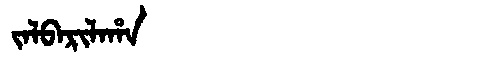
Manchu: ᠵᠠᠯᠪᠠᡵᡳᠯᠠᡥᠠ
Romanization: JALBARILAHA